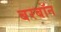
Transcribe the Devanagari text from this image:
बरबॉन